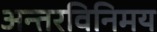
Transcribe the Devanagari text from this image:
अन्तरविनिमय